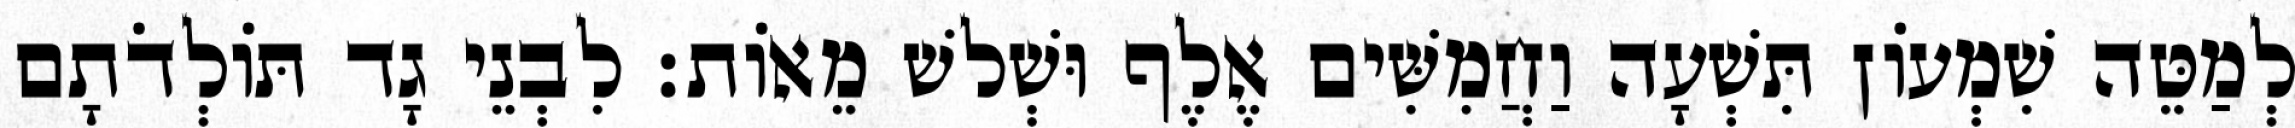
לְמַטֵּה שִׁמְעוֹן תִּשְׁעָה וַחֲמִשִּׁים אֶלֶף וּשְׁלשׁ מֵאוֹת׃ לִבְנֵי גָד תּוֹלְדֹתָם